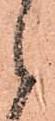
候